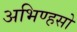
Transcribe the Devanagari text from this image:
अभिण्हसो